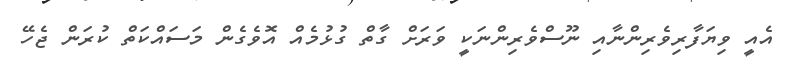
އެއީ ވިޔަފާރިވެރިންނާއި ނޫސްވެރިންނަކީ ވަރަށް ގާތް ގުޅުމެއް އޮވެގެން މަސައްކަތް ކުރަން ޖެހޭ